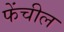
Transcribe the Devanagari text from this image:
फेंचील